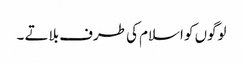
لوگوں کو اسلام کی طرف بلاتے ۔